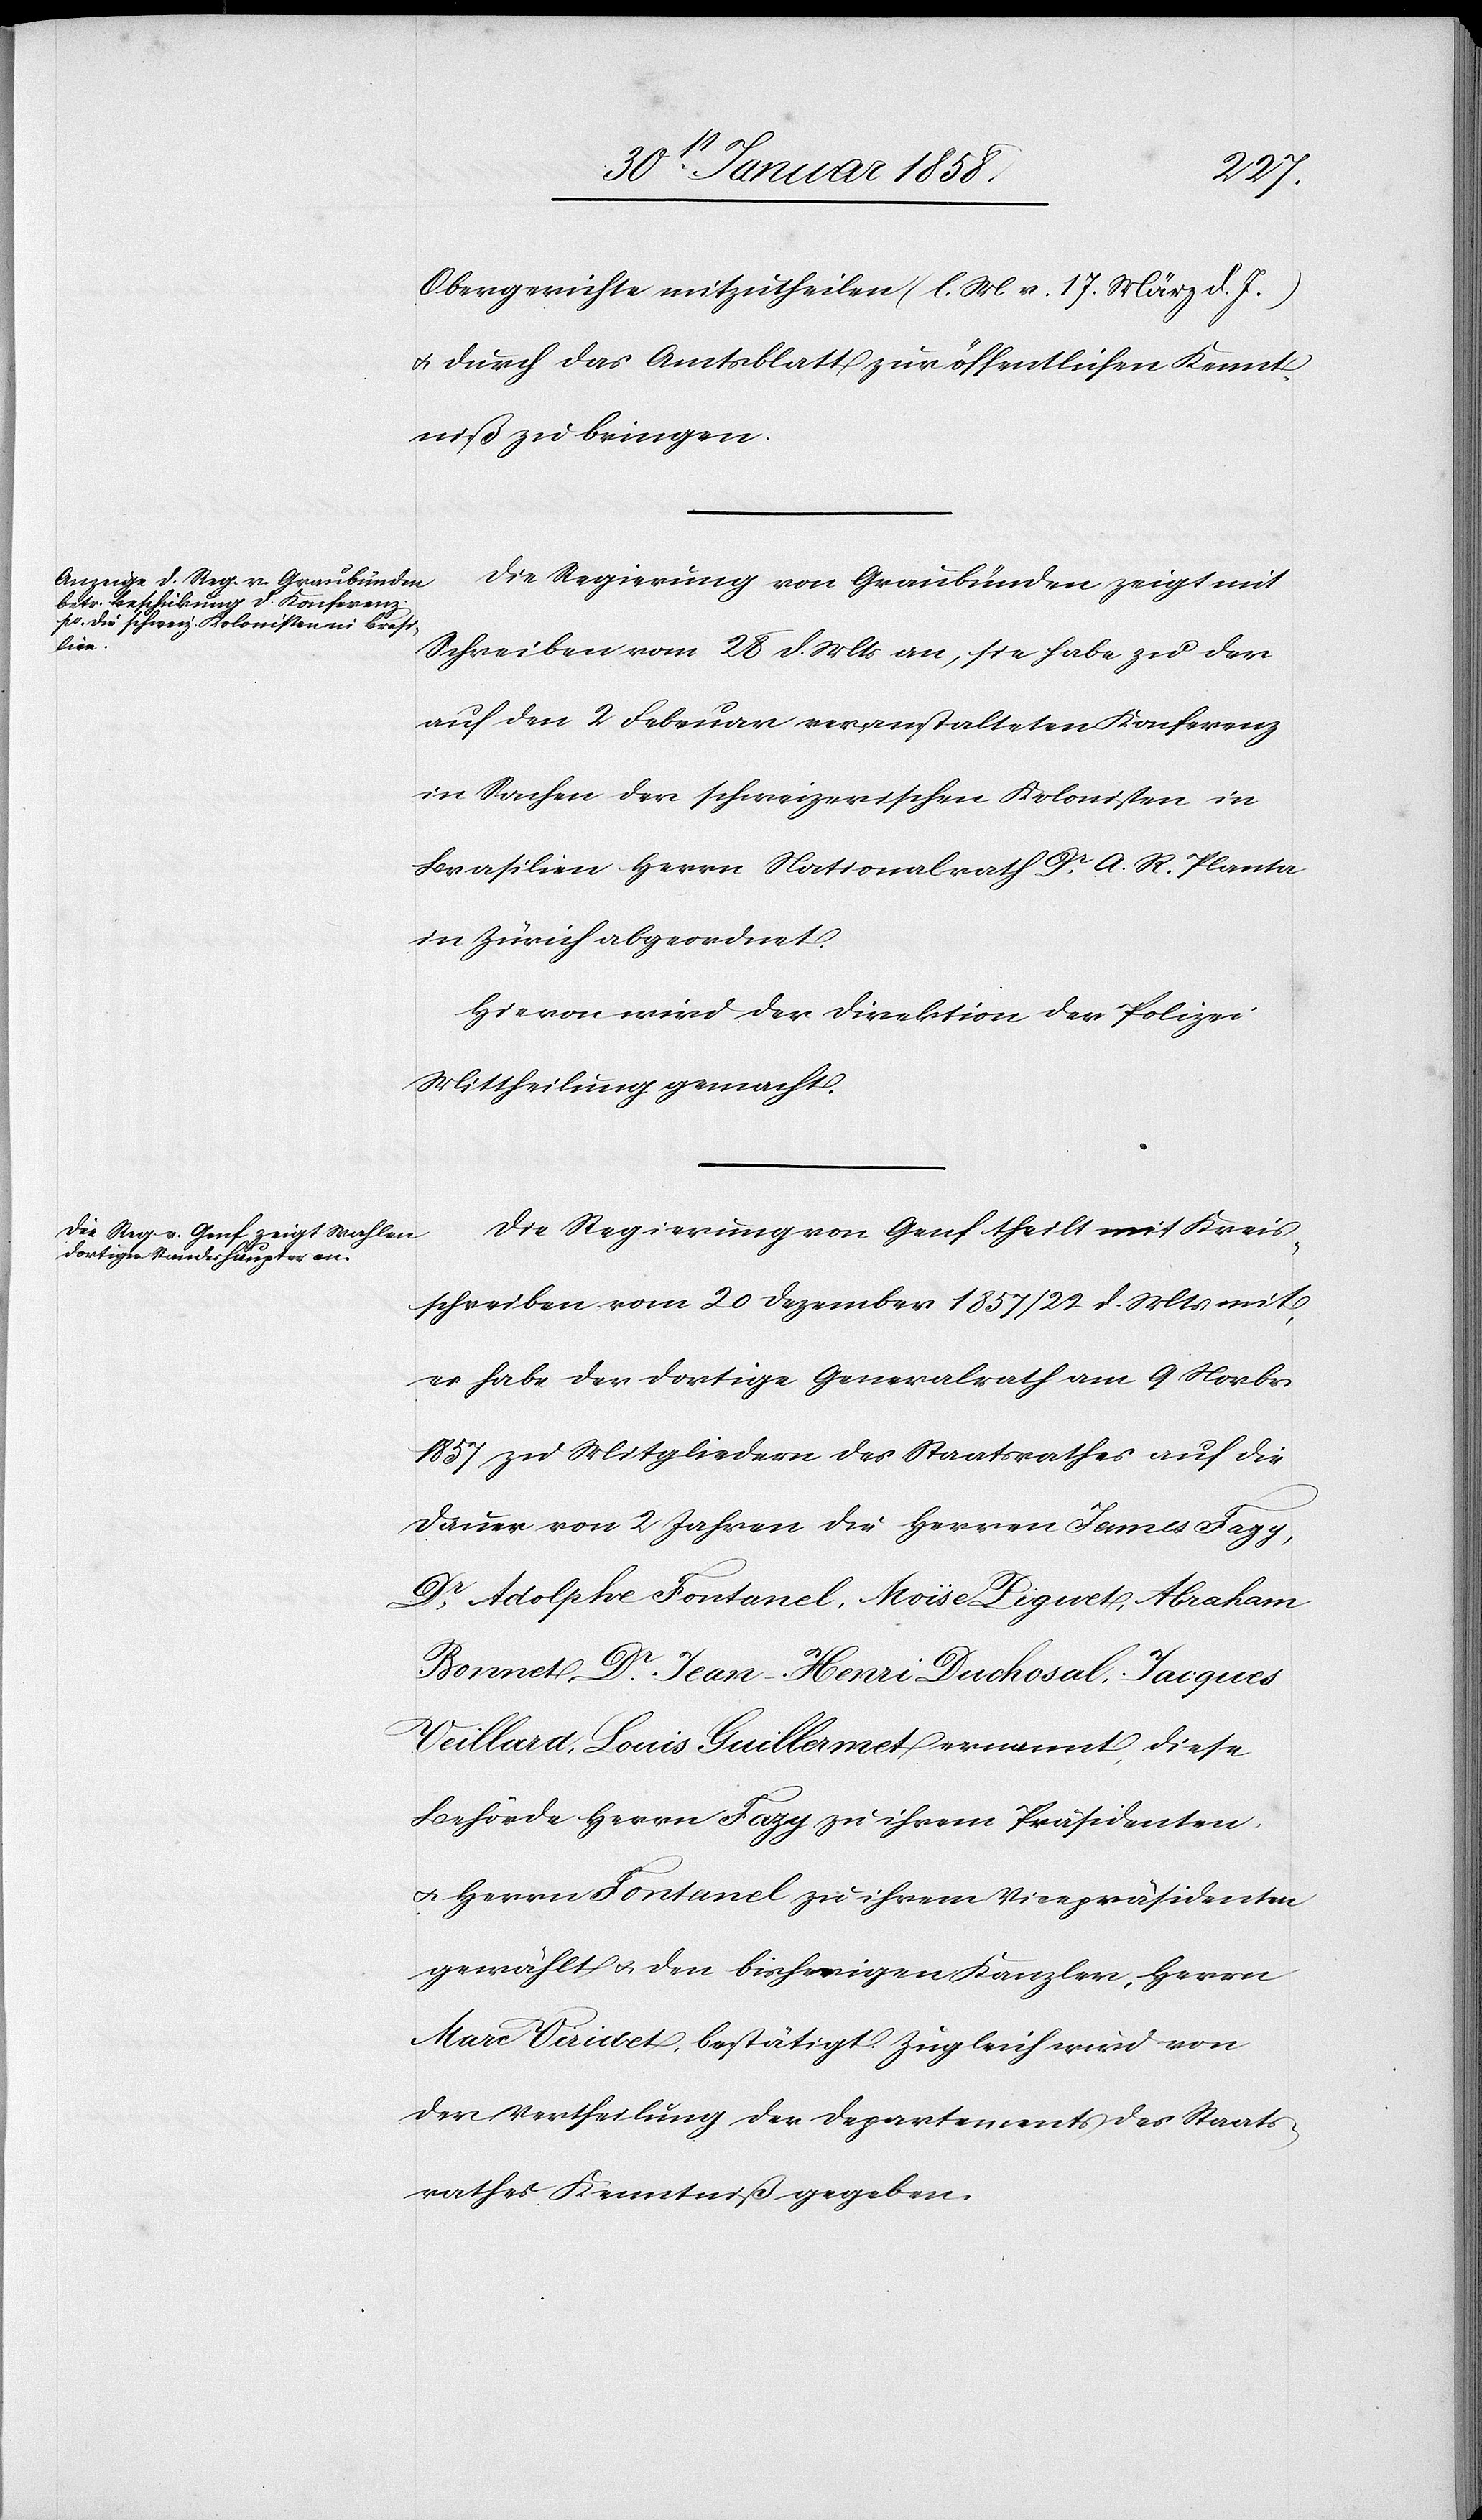
Obergerichte mitzutheilen (l. M. v. 17. März d. J.)
u. durch das Amtsblatt zur öffentlichen Kennt¬
niß zu bringen.
Die Regierung von Graubünden zeigt mit
Schreiben vom 28 d. Mts an, sie habe zu der
auf den 2 Februar veranstalteten Konferenz
in Sachen der schweizerischen Kolonisten in
Brasilien Herrn Nationalrath Dr A. R. Planta
in Zürich abgeordnet.
Hievon wird der Direktion der Polizei
Mittheilung gemacht.
Die Regierung von Genf theilt mit Kreis¬
schreiben vom 20 Dezember 1857/22. d. Mts. mit,
es habe der dortige Generalrath am 9 Novbr.
1857 zu Mitgliedern des Staatsrathes auf die
Dauer von 2 Jahren die Herren James Fazy,
Dr Adolphe Fontanel, Moïse Pignet, Abraham
Bonnet, Dr Jean-Henri Duchosal, Jacques
Veillard, Louis Guillermet ernannt, diese
Behörde Herrn Fazy zu ihrem Präsidenten
u. Herrn Fontanel zu ihrem Vicepräsidenten
gewählt u. den bisherigen Kanzler, Herrn
Marc Veridet bestätigt. Zugleich wird von
der Vertheilung der Departements des Staats¬
rathes Kenntniß gegeben.